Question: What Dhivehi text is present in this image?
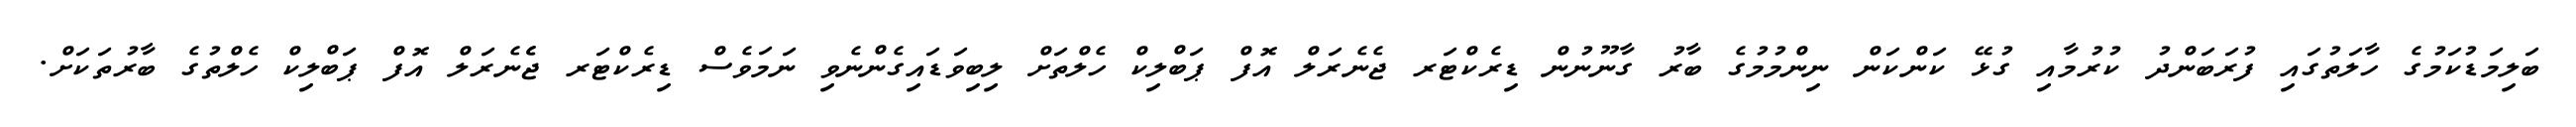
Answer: ބަލިމަޑުކަމުގެ ހާލަތުގައި ފުރަބަންދު ކުރުމާއި ގުޅޭ ކަންކަން ނިންމުމުގެ ބާރު ގާނޫނުން ޑިރެކްޓަރ ޖެނެރަލް އޮފް ޕަބްލިކް ހެލްތަށް ލިބިވަޑައިގެންނެވި ނަމަވެސް ޑިރެކްޓަރ ޖެެނެރަލް އޮފް ޕަބްލިކް ހެލްތުގެ ބާރުތަކަށް.